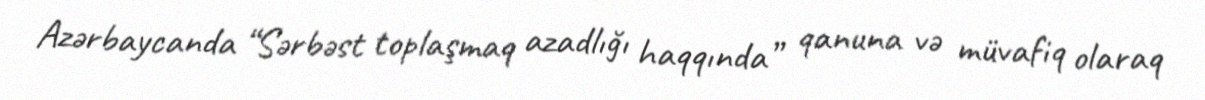
Azərbaycanda “Sərbəst toplaşmaq azadlığı haqqında” qanuna və müvafiq olaraq